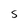
Character: S